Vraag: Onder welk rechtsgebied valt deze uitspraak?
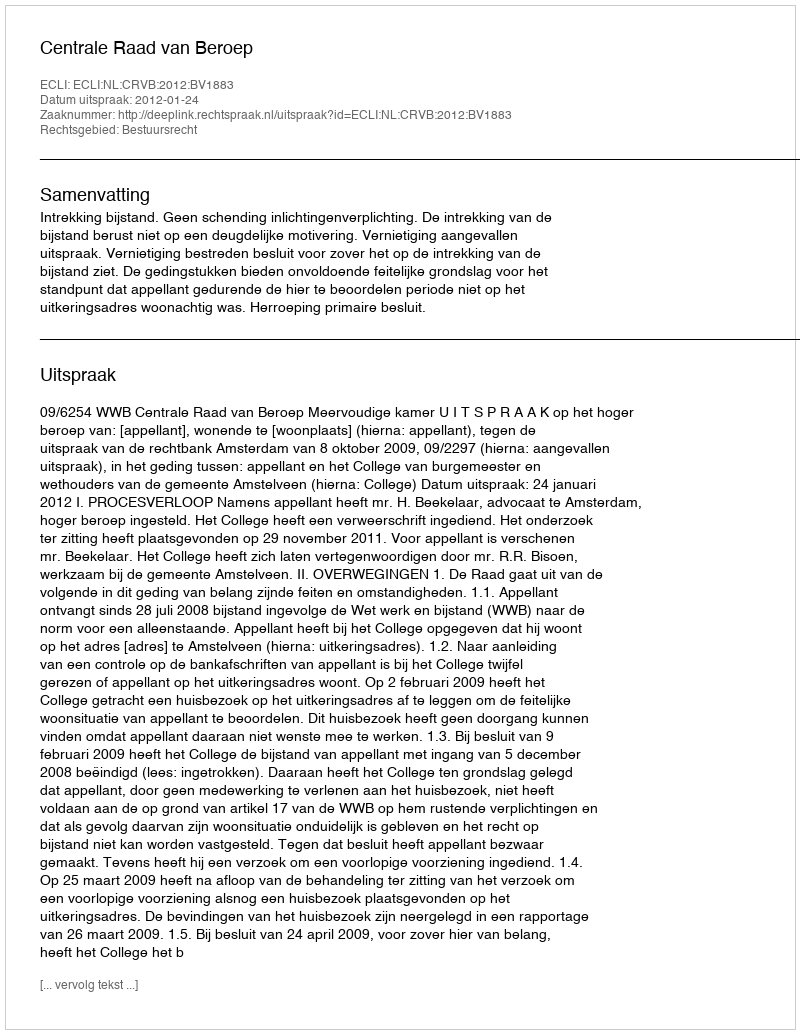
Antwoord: Bestuursrecht